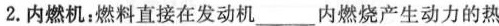
2.内燃机：燃料直接在发动机___内燃烧产生动力的热